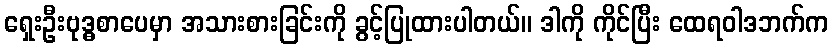
ရှေးဦးဗုဒ္ဓစာပေမှာ အသားစားခြင်းကို ခွင့်ပြုထားပါတယ်။ ဒါကို ကိုင်ပြီး ထေရဝါဒဘက်က